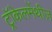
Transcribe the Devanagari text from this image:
ट्रॉकेलमेंथीज़